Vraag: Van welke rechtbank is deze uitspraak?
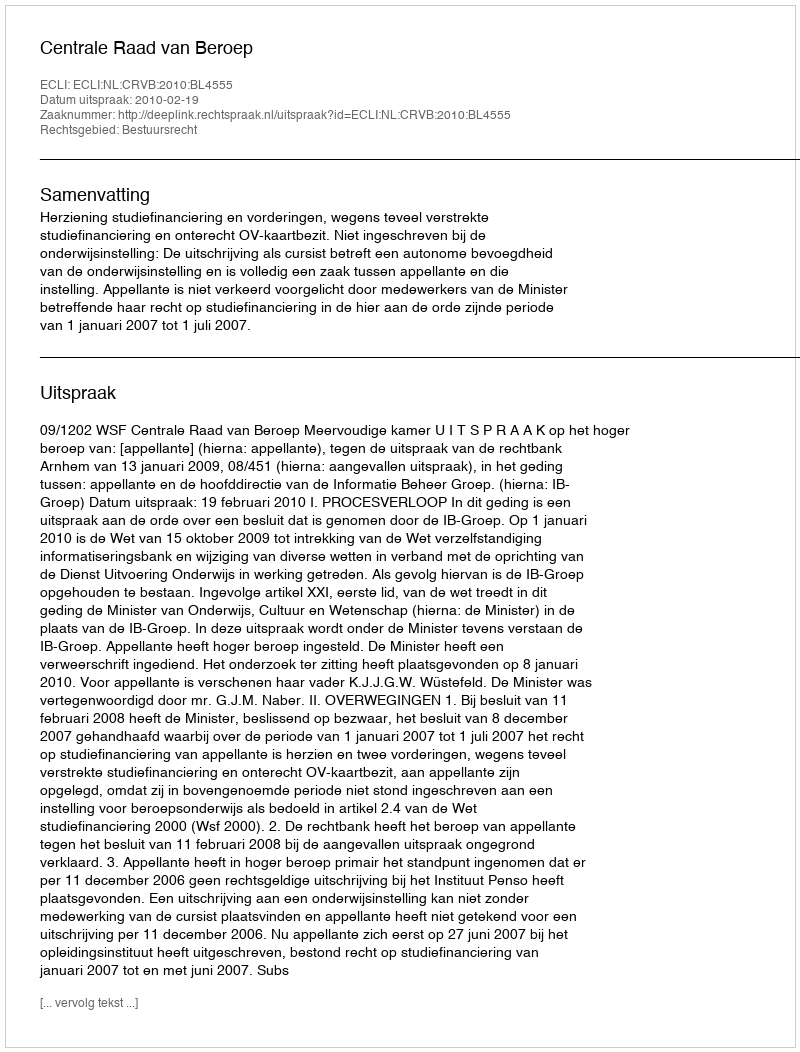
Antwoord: Centrale Raad van Beroep